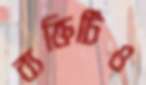
ব্যক্তিটিও